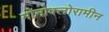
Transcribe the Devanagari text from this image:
मोनोक्लोरामीन